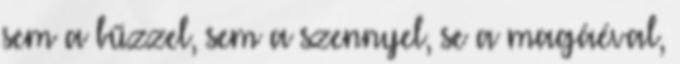
sem a bűzzel, sem a szennyel, se a magáéval,